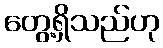
တွေ့ရှိသည်ဟု